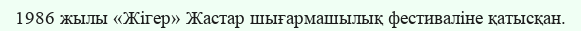
1986 жылы «Жігер» Жастар шығармашылық фестиваліне қатысқан.